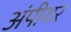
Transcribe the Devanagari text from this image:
अंपीयर